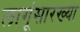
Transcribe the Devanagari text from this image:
लागूंसारख्या